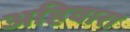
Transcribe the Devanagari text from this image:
अहिवारा